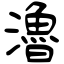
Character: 瀂